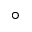
^ { \circ }